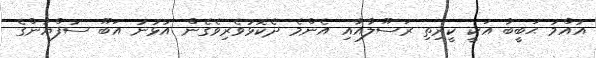
އުއްމު ޙަބީބާ އަކީ ކީރިތި ރަސޫލާއާއި އެންމެ ދެކޮޅުވެރިވެގެން އުޅުނު އަބޫ ސުފްޔާންގެ